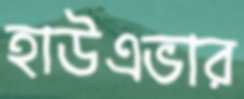
হাউএভার